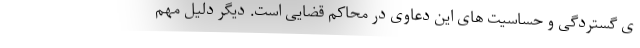
ی گستردگی و حساسیت های این دعاوی در محاکم قضایی است. دیگر دلیل مهم